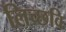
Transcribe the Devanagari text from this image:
लिच्‍छवि